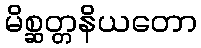
မိစ္ဆတ္တနိယတော